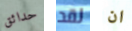
حدائق لقد ان